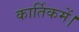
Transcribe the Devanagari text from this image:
कार्तिकमें।